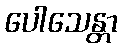
ပေါသေန္တာ